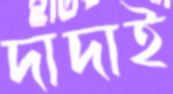
দাদাই